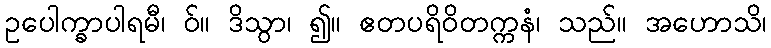
ဥပေါက္ခာပါရမီ၊ ဝ်။ ဒိသွာ၊ ၍။ ဧတပရိဝိတက္ကနံ၊ သည်။ အဟောသိ၊